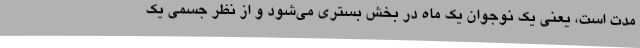
مدت است، یعنی یک نوجوان یک ماه در بخش بستری می‌شود و از نظر جسمی یک